Report of the Municipal Commissioner on the plague in Bombay for the year ending 31st May... - Volume 2
Disease focus: Plague
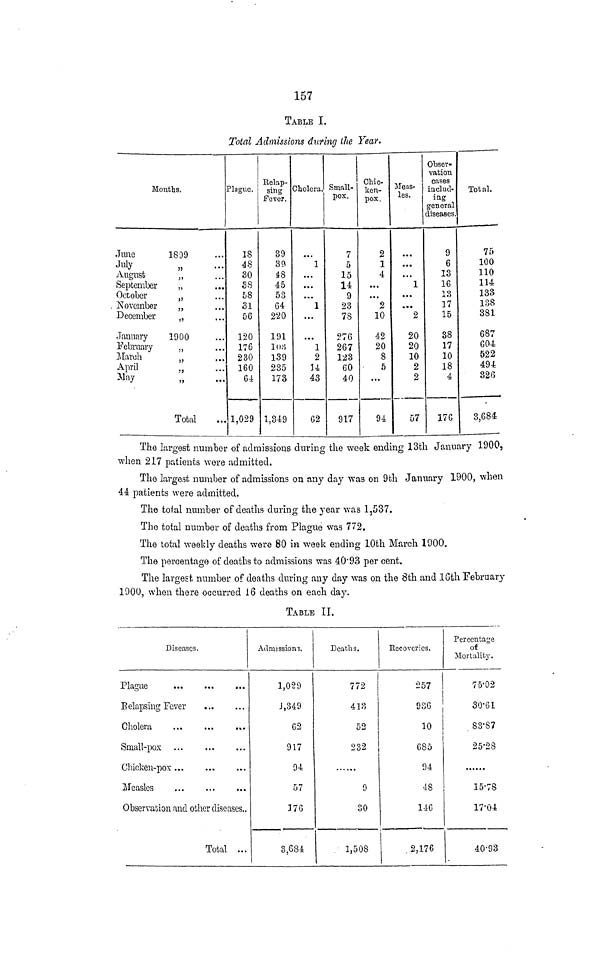
157
TABLE I.
Total Admissions during the Year-
Mouths.
June
1899
July
„
August
„
September
„
October
.,
J/
. November
„
December
„
January
1900
February
„
March
„
A
P«1
,,
&ay
Total
Plague.
18
48
30
38
58
31
56
120
176
230
160
64
1,029
Kelap-
sing
Fever.
39
39
48
45
53
G4
220
191
103
139
235
173
1,349
Cholera.
1
...
...
...
1
1
2
H
43
G2
Small-
pox.
7
5
15
14
9
23
78
276
267
123
60
40
917
Chic-
ken-
pox,
2
1
4
...
...
2
10
42
20
8
5
...
94
Meas-
les.
...
...
1
• ••
• • *
2
20
20
10
2
2
57
Obser-
vation
cases
includ-
ing
general
diseases.
9
6
13
16
13
17
15
38
17
10
18
4
17C
Total.
75
100
110
114
133
138
381
687
604
522
494
326
3,684
The largest number of admissions during the week ending 13th January 1900,
when 217 patients were admitted.
The largest number of admissions on any day was on 9th January 1900, when
44 patients were admitted.
The total number of deaths during the year was 1 7 537.
The total number of deaths from Plague was 772.
The total weekly deaths were 80 in week ending 10th March 1900.
The percentage of deaths to admissions was 40'93 per cent.
The largest number of deaths during any day was on the 8th and 18th February
1900, when there occurred 16 deaths on each day.
TABLE II.
Diseases.
Plague
B elapsing Fever
Cholera
Small-pox
Chicken-pox ...
...
...
Measles
Observation find other diseases.,
Total ...
Admissions.
1,029
J,349
62
917
94
57
176
3,684
Deaths.
772
j
413
52
232
9
30
1,508
Recoveries.
257 |
936
10
685
94
48
146
.2,176
Percentage
of
Mortality.
75-02
30-61
83-87
25-28
15-78
17-04
40-93